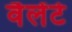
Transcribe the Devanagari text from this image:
वैलेंटे